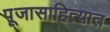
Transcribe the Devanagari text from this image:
पूजासाहित्यात